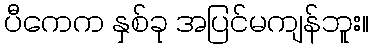
ပီကေက နှစ်ခု အပြင်မကျန်ဘူး။